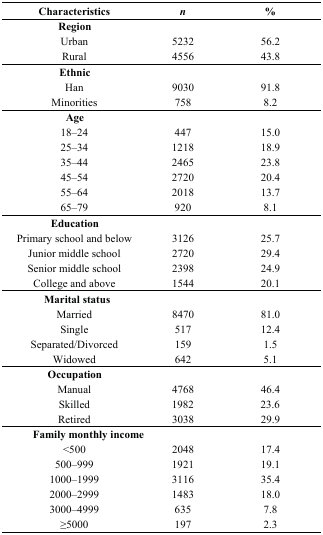
<table><thead><tr><td><b>Characteristics</b></td><td><b><i>n</i></b></td><td><b>%</b></td></tr></thead><tbody><tr><td><b>Region</b></td><td></td><td></td></tr><tr><td>Urban</td><td>5232</td><td>56.2</td></tr><tr><td>Rural</td><td>4556</td><td>43.8</td></tr><tr><td><b>Ethnic</b></td><td></td><td></td></tr><tr><td>Han</td><td>9030</td><td>91.8</td></tr><tr><td>Minorities</td><td>758</td><td>8.2</td></tr><tr><td><b>Age</b></td><td></td><td></td></tr><tr><td>18–24</td><td>447</td><td>15.0</td></tr><tr><td>25–34</td><td>1218</td><td>18.9</td></tr><tr><td>35–44</td><td>2465</td><td>23.8</td></tr><tr><td>45–54</td><td>2720</td><td>20.4</td></tr><tr><td>55–64</td><td>2018</td><td>13.7</td></tr><tr><td>65–79</td><td>920</td><td>8.1</td></tr><tr><td><b>Education</b></td><td></td><td></td></tr><tr><td>Primary school and below</td><td>3126</td><td>25.7</td></tr><tr><td>Junior middle school</td><td>2720</td><td>29.4</td></tr><tr><td>Senior middle school</td><td>2398</td><td>24.9</td></tr><tr><td>College and above</td><td>1544</td><td>20.1</td></tr><tr><td><b>Marital status</b></td><td></td><td></td></tr><tr><td>Married</td><td>8470</td><td>81.0</td></tr><tr><td>Single</td><td>517</td><td>12.4</td></tr><tr><td>Separated/Divorced</td><td>159</td><td>1.5</td></tr><tr><td>Widowed</td><td>642</td><td>5.1</td></tr><tr><td><b>Occupation</b></td><td></td><td></td></tr><tr><td>Manual</td><td>4768</td><td>46.4</td></tr><tr><td>Skilled</td><td>1982</td><td>23.6</td></tr><tr><td>Retired</td><td>3038</td><td>29.9</td></tr><tr><td><b>Family monthly income</b></td><td></td><td></td></tr><tr><td>&lt;500</td><td>2048</td><td>17.4</td></tr><tr><td>500–999</td><td>1921</td><td>19.1</td></tr><tr><td>1000–1999</td><td>3116</td><td>35.4</td></tr><tr><td>2000–2999</td><td>1483</td><td>18.0</td></tr><tr><td>3000–4999</td><td>635</td><td>7.8</td></tr><tr><td>≥5000</td><td>197</td><td>2.3</td></tr></tbody></table>